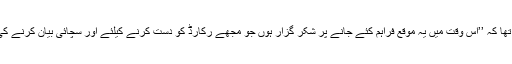
مائیکل کوہن کا کہنا تھا کہ ’’اس وقت میں یہ موقع فراہم کئے جانے پر شکر گزار ہوں جو مجھے رکارڈ کو دست کرنے کیلئے اور سچائی بیان کرنے کی خاطر فراہم کیا گیا۔